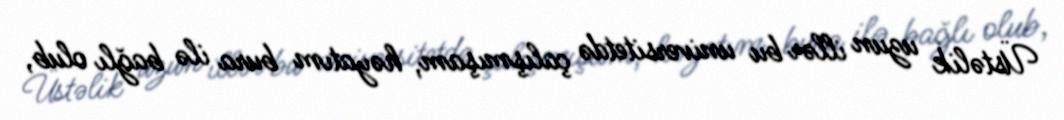
Üstəlik uzun illər bu universitetdə çalışmışam, həyatım bura ilə bağlı olub,